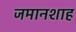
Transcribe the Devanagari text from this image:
जमानशाह